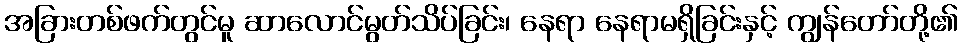
အခြားတစ်ဖက်တွင်မူ ဆာလောင်မွတ်သိပ်ခြင်း၊ နေရာ နေရာမရှိခြင်းနှင့် ကျွန်တော်တို့၏